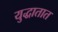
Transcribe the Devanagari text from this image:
युद्धातात